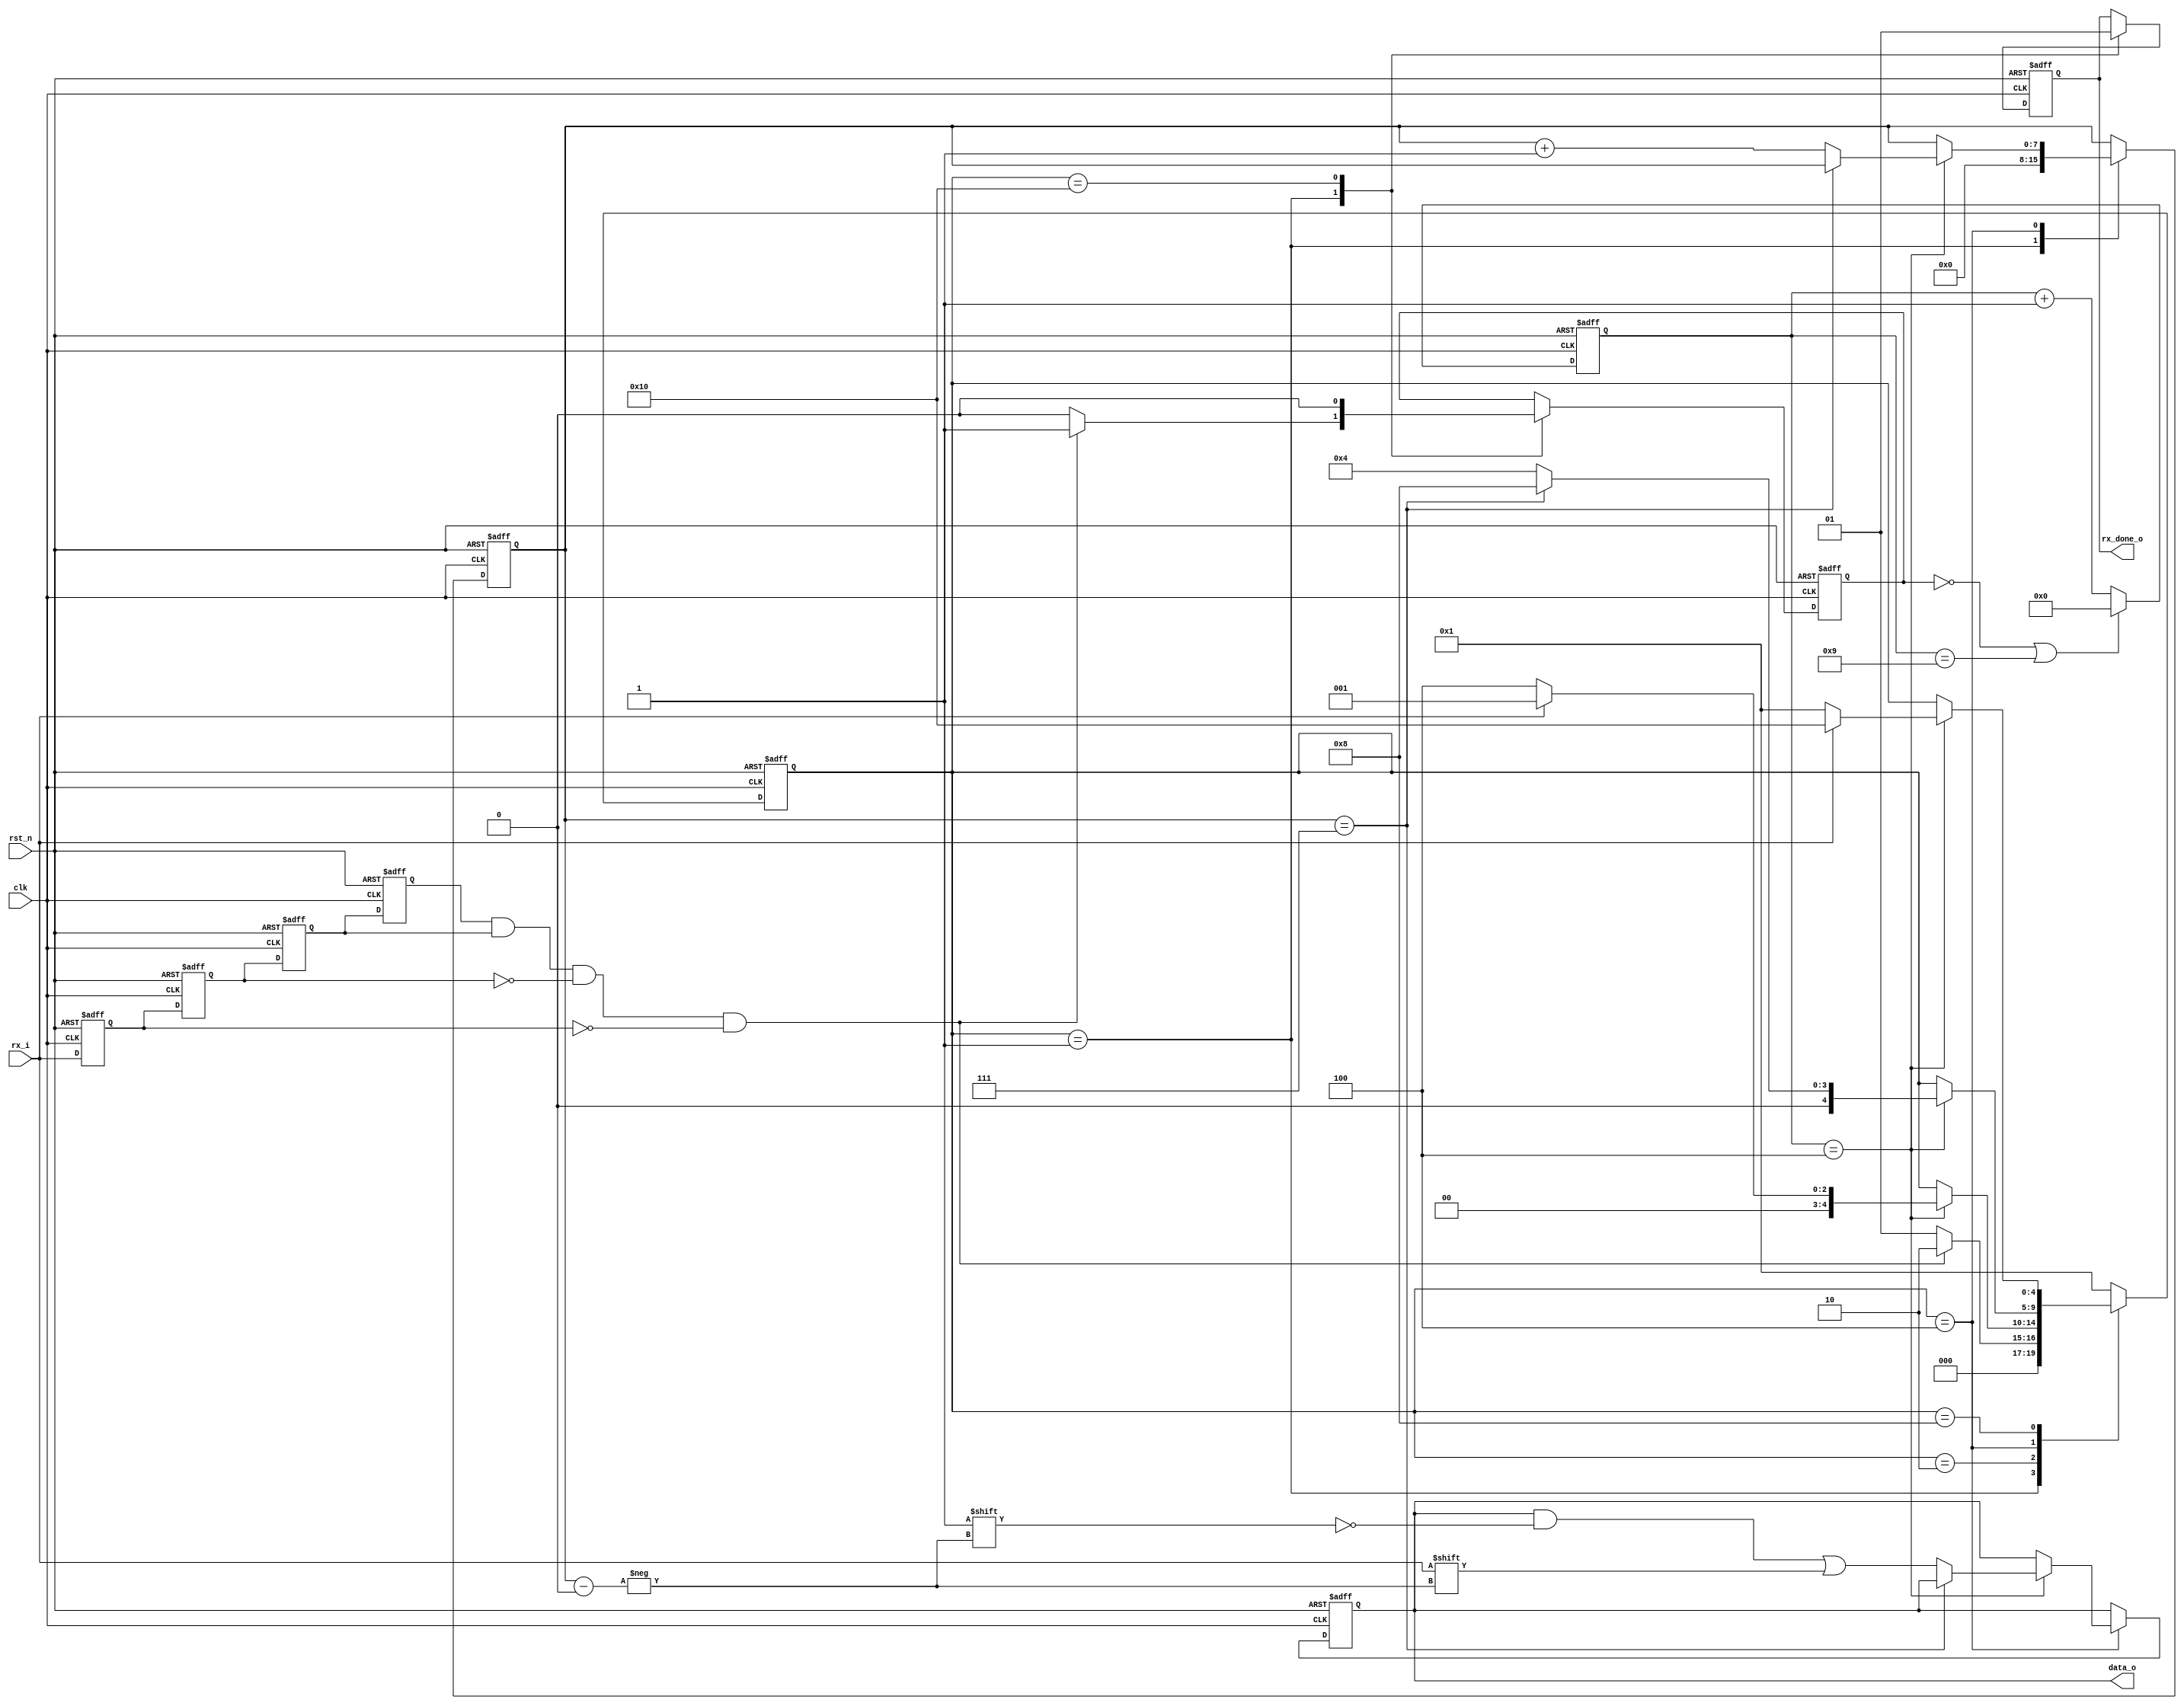
`timescale 1ns / 1ps

module uart_rx(
    input clk,
    input rst_n,
    input rx_i,
    output reg [7:0] data_o,
    output reg rx_done_o
);

//-------------------------------------------------------------------------------
localparam s_idle   = 5'b00001,
           s_start  = 5'b00010,
           s_rd     = 5'b00100,
           s_stop   = 5'b01000,
           s_done   = 5'b10000;           
           
//localparam  BPS_CNT = CLK_FREQUENCE/BAUD_RATE-1,  (50_000_000 / 9600) - 1 = 5207;             
// localparam t_1_bit = 5207;      //16'd5207;  
 // localparam t_half_1_bit = 2603; //16'd2603;         

//This is for simulation;
localparam t_1_bit = 9;      //from 0 to 9, it is 10; 
localparam t_half_1_bit = 4; //from 0 to 4, it is 5;  
     
//-------------------------------------------------------------------------------     
reg en_cnt;
reg [15:0] cnt;
reg [4:0] state;
reg [7:0] rx_bits;

//-------------------------------------------------------------------------------    
always @(posedge clk or negedge rst_n)
    if (!rst_n)
        cnt <= 16'd0;
    else if ((en_cnt == 0) || (cnt == t_1_bit))
        cnt <= 16'd0;
    else
        cnt <= cnt + 16'd1;

//-------------------------------------------------------------------------------  
reg rx_0, rx_1, rx_2, rx_3;

//-------------------------------------------------------------------------------  
always @(posedge clk or negedge rst_n)
	if (!rst_n) begin
		rx_0 <= 1'b0;
		rx_1 <= 1'b0;	
		rx_2 <= 1'b0;
		rx_3 <= 1'b0;        
    end else begin
		rx_3 <= rx_i;
		rx_2 <= rx_3;	
		rx_1 <= rx_2;
		rx_0 <= rx_1;	        
	end       

//-------------------------------------------------------------------------------  
wire start_flag;
assign start_flag = rx_0 & rx_1 & (~rx_2) & (~rx_3);   //detect the negedge;

//-------------------------------------------------------------------------------
always @(posedge clk or negedge rst_n)
    if (!rst_n) begin
        state      <= s_idle;
        en_cnt     <= 1'b0;
        data_o     <= 8'd0;   
        rx_bits    <= 8'd0;             
        rx_done_o  <= 1'b0;
    end else begin
        case(state)
            s_idle:     
                begin
                    rx_bits   <= 8'd0;  
                    rx_done_o <= 1'b0;                                      

                    if (start_flag) begin     //detect the negedge;   
                        en_cnt <= 1'b1;                                               
                        state  <= s_start; 
                    end else begin 
                        en_cnt <= 1'b0;
                        state  <= s_idle;  
                    end
                end

            s_start:   
                if (cnt == t_half_1_bit) 
                    if (rx_i == 1'b0)
                        state <= s_rd;              //this is the valid start signal. 
                    else
                        state <= s_idle;               //this is the invalid start signal. 
       
            s_rd:       
                if (cnt == t_half_1_bit) 
                    if (rx_bits == 8'd7)
                        state <= s_stop; 
                    else begin
                        data_o[rx_bits] <= rx_i;
                        rx_bits <= rx_bits + 8'd1;
                        state <= s_rd;
                    end

            s_stop:     
                if (cnt == t_half_1_bit)       
                    if (rx_i == 1) 
                        state <= s_done;                             
                    else     
                        state <= s_idle;                  

            s_done:     
                begin 
                    en_cnt    <= 1'b0;
                    rx_done_o <= 1'b1;
                    state     <= s_idle;  
                end                                                                                                                                                
                            
            default: state <= s_idle;
        endcase  
end        
   
//-------------------------------------------------------------------------------   
endmodule